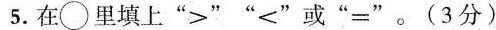
在 \bigcirc 里填上“＞”“＜”或“＝”。（3分）